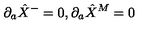
\partial _ { a } \hat { X } ^ { - } = 0 , \partial _ { a } \hat { X } ^ { M } = 0